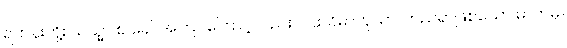
ရဟန်းတို့။ ယသ္မာ စ ခေါ၊ အကြင်ကြောင့်လည်း။ ပထဝိဓာတုယာ၊ တည်ရာဖြစ်သော ဓာတ်မှ။